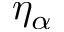
\eta _ { \alpha }